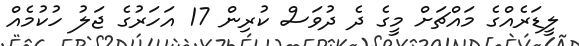
ލީޑަރެއްގެ މައްޗަށް މީގެ ދެ ދުވަސް ކުރިން 17 އަހަރުގެ ޖަލު ހުކުމެއް